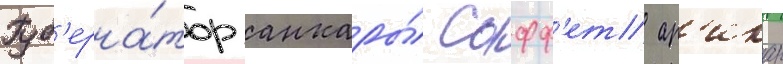
Губ'ерна́тор анкары́ сафф'ет ар'икан